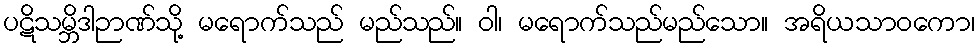
ပဋိသမ္ဘိဒါဉာဏ်သို့ မရောက်သည် မည်သည်။ ဝါ၊ မရောက်သည်မည်သော။ အရိယသာဝကော၊